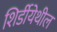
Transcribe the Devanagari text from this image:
शिर्डीयेथील